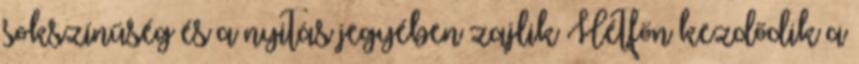
sokszínűség és a nyitás jegyében zajlik Hétfőn kezdődik a